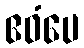
ဧဝံပေ